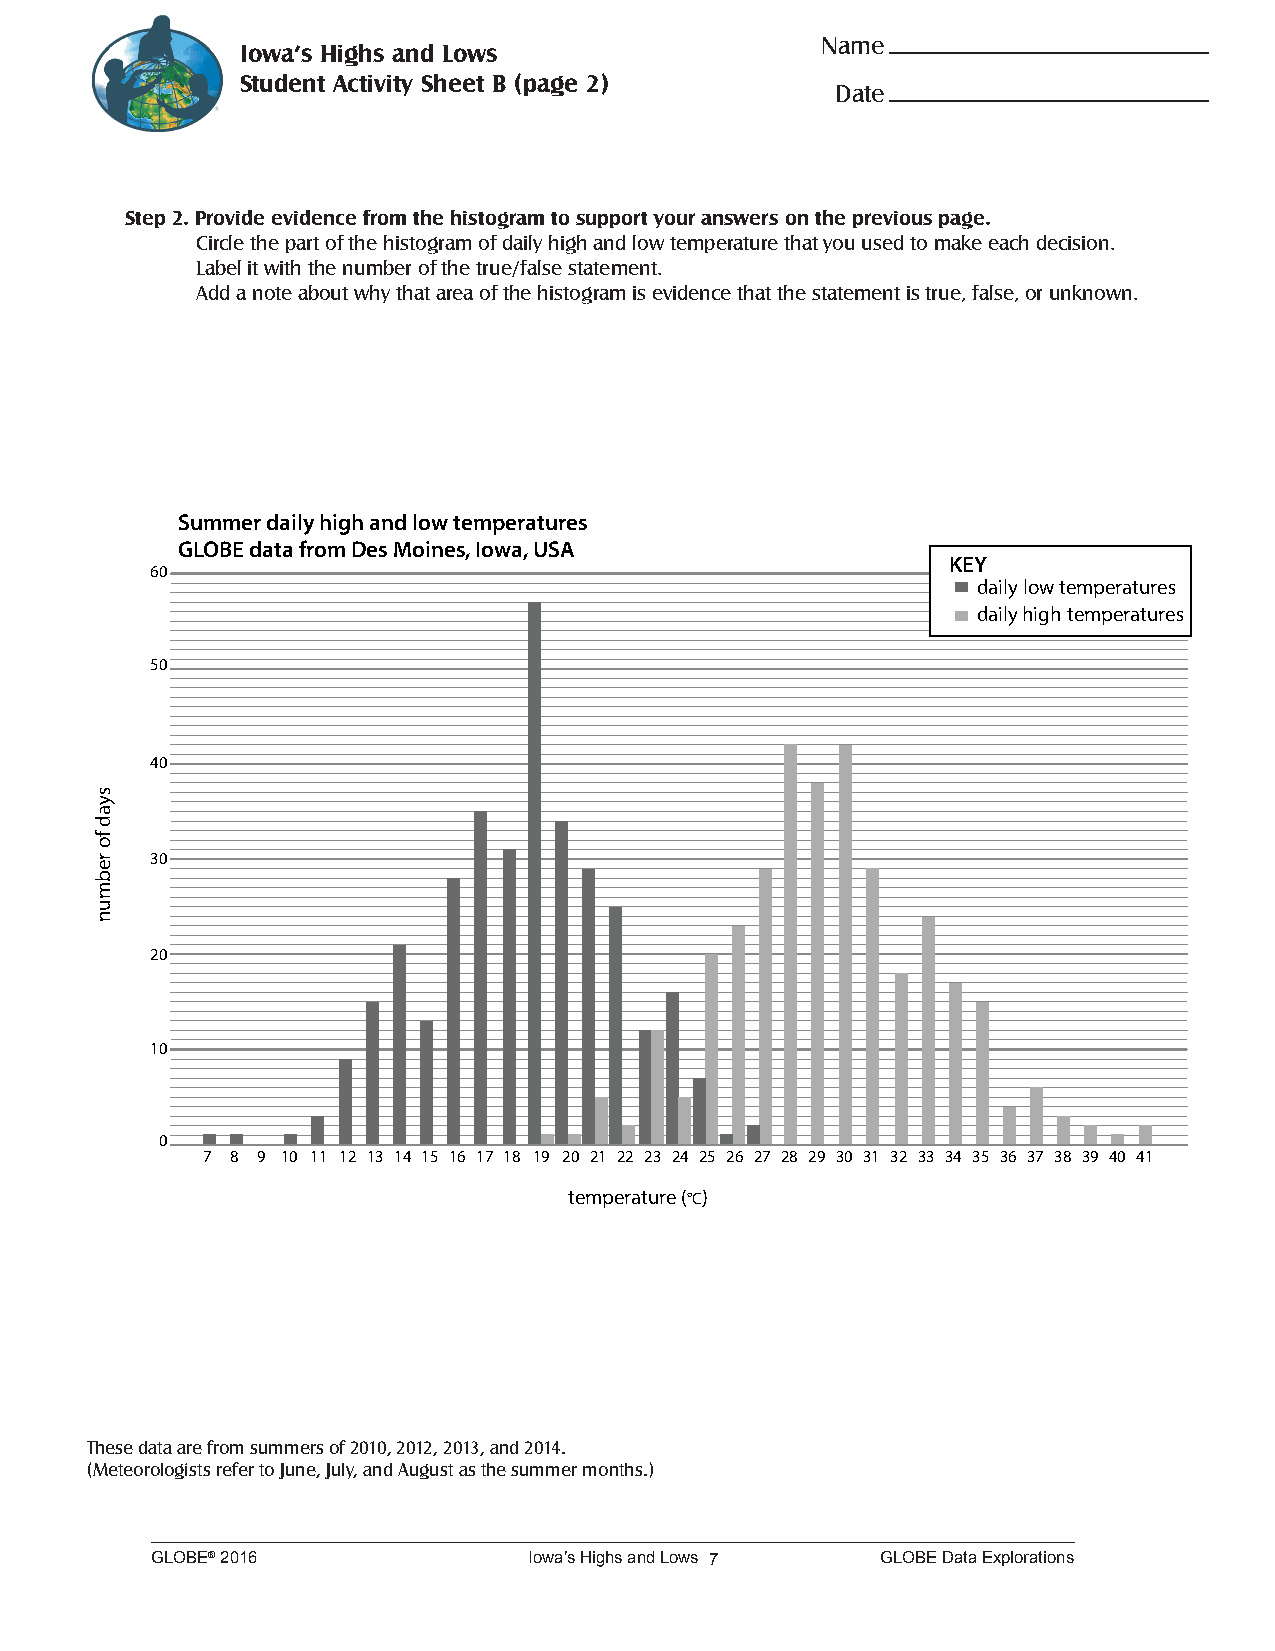
Name
 Iowa’s Highs and Lows
 Student Activity Sheet B (page 2)
 Date
 Step 2. Provide evidence from the histogram to support your answers on the previous page.
 Circle the part of the histogram of daily high and low temperature that you used to make each decision.
 Label it with the number of the true/false statement.
 Add a note about why that area of the histogram is evidence that the statement is true, false, or unknown.
 Summer daily high and low temperatures
 GLOBE data from Des Moines, Iowa, USA
 KEY
 60
 daily low temperatures
 daily high temperatures
 50
 40
 30
 20
 10
 0
 7 8 9 10 11 12 13 14 15 16 17 18 19 20 21 22 23 24 25 26 27 28 29 30 31 32 33 34 35 36 37 38 39 40 41
 temperature (°C)
 These data are from summers of 2010, 2012, 2013, and 2014.
 (Meteorologists refer to June, July, and August as the summer months.)
 GLOBE® 2016              Iowa’s Highs and Lows 7 GLOBE Data Explorations
 syad
 fo
 rebmun